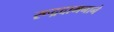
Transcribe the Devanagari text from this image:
रूद्रदामनाने